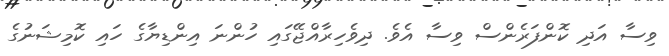
ވިސާ އަދި ކޮންފަރެންސް ވިސާ އެވެ. ދިވެހިރާއްޖޭގައި ހުންނަ އިންޑިޔާގެ ހައި ކޮމިޝަނުގެ